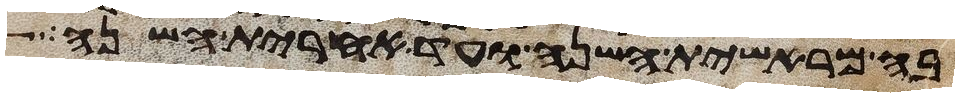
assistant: בה מראשית השנה ועד אחרית השנה